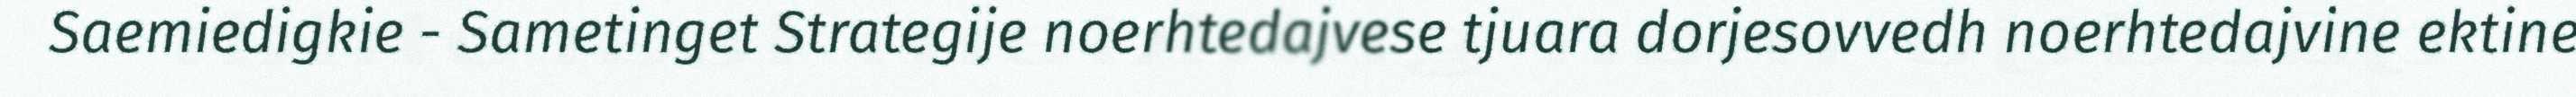
Saemiedigkie - Sametinget Strategije noerhtedajvese tjuara dorjesovvedh noerhtedajvine ektine